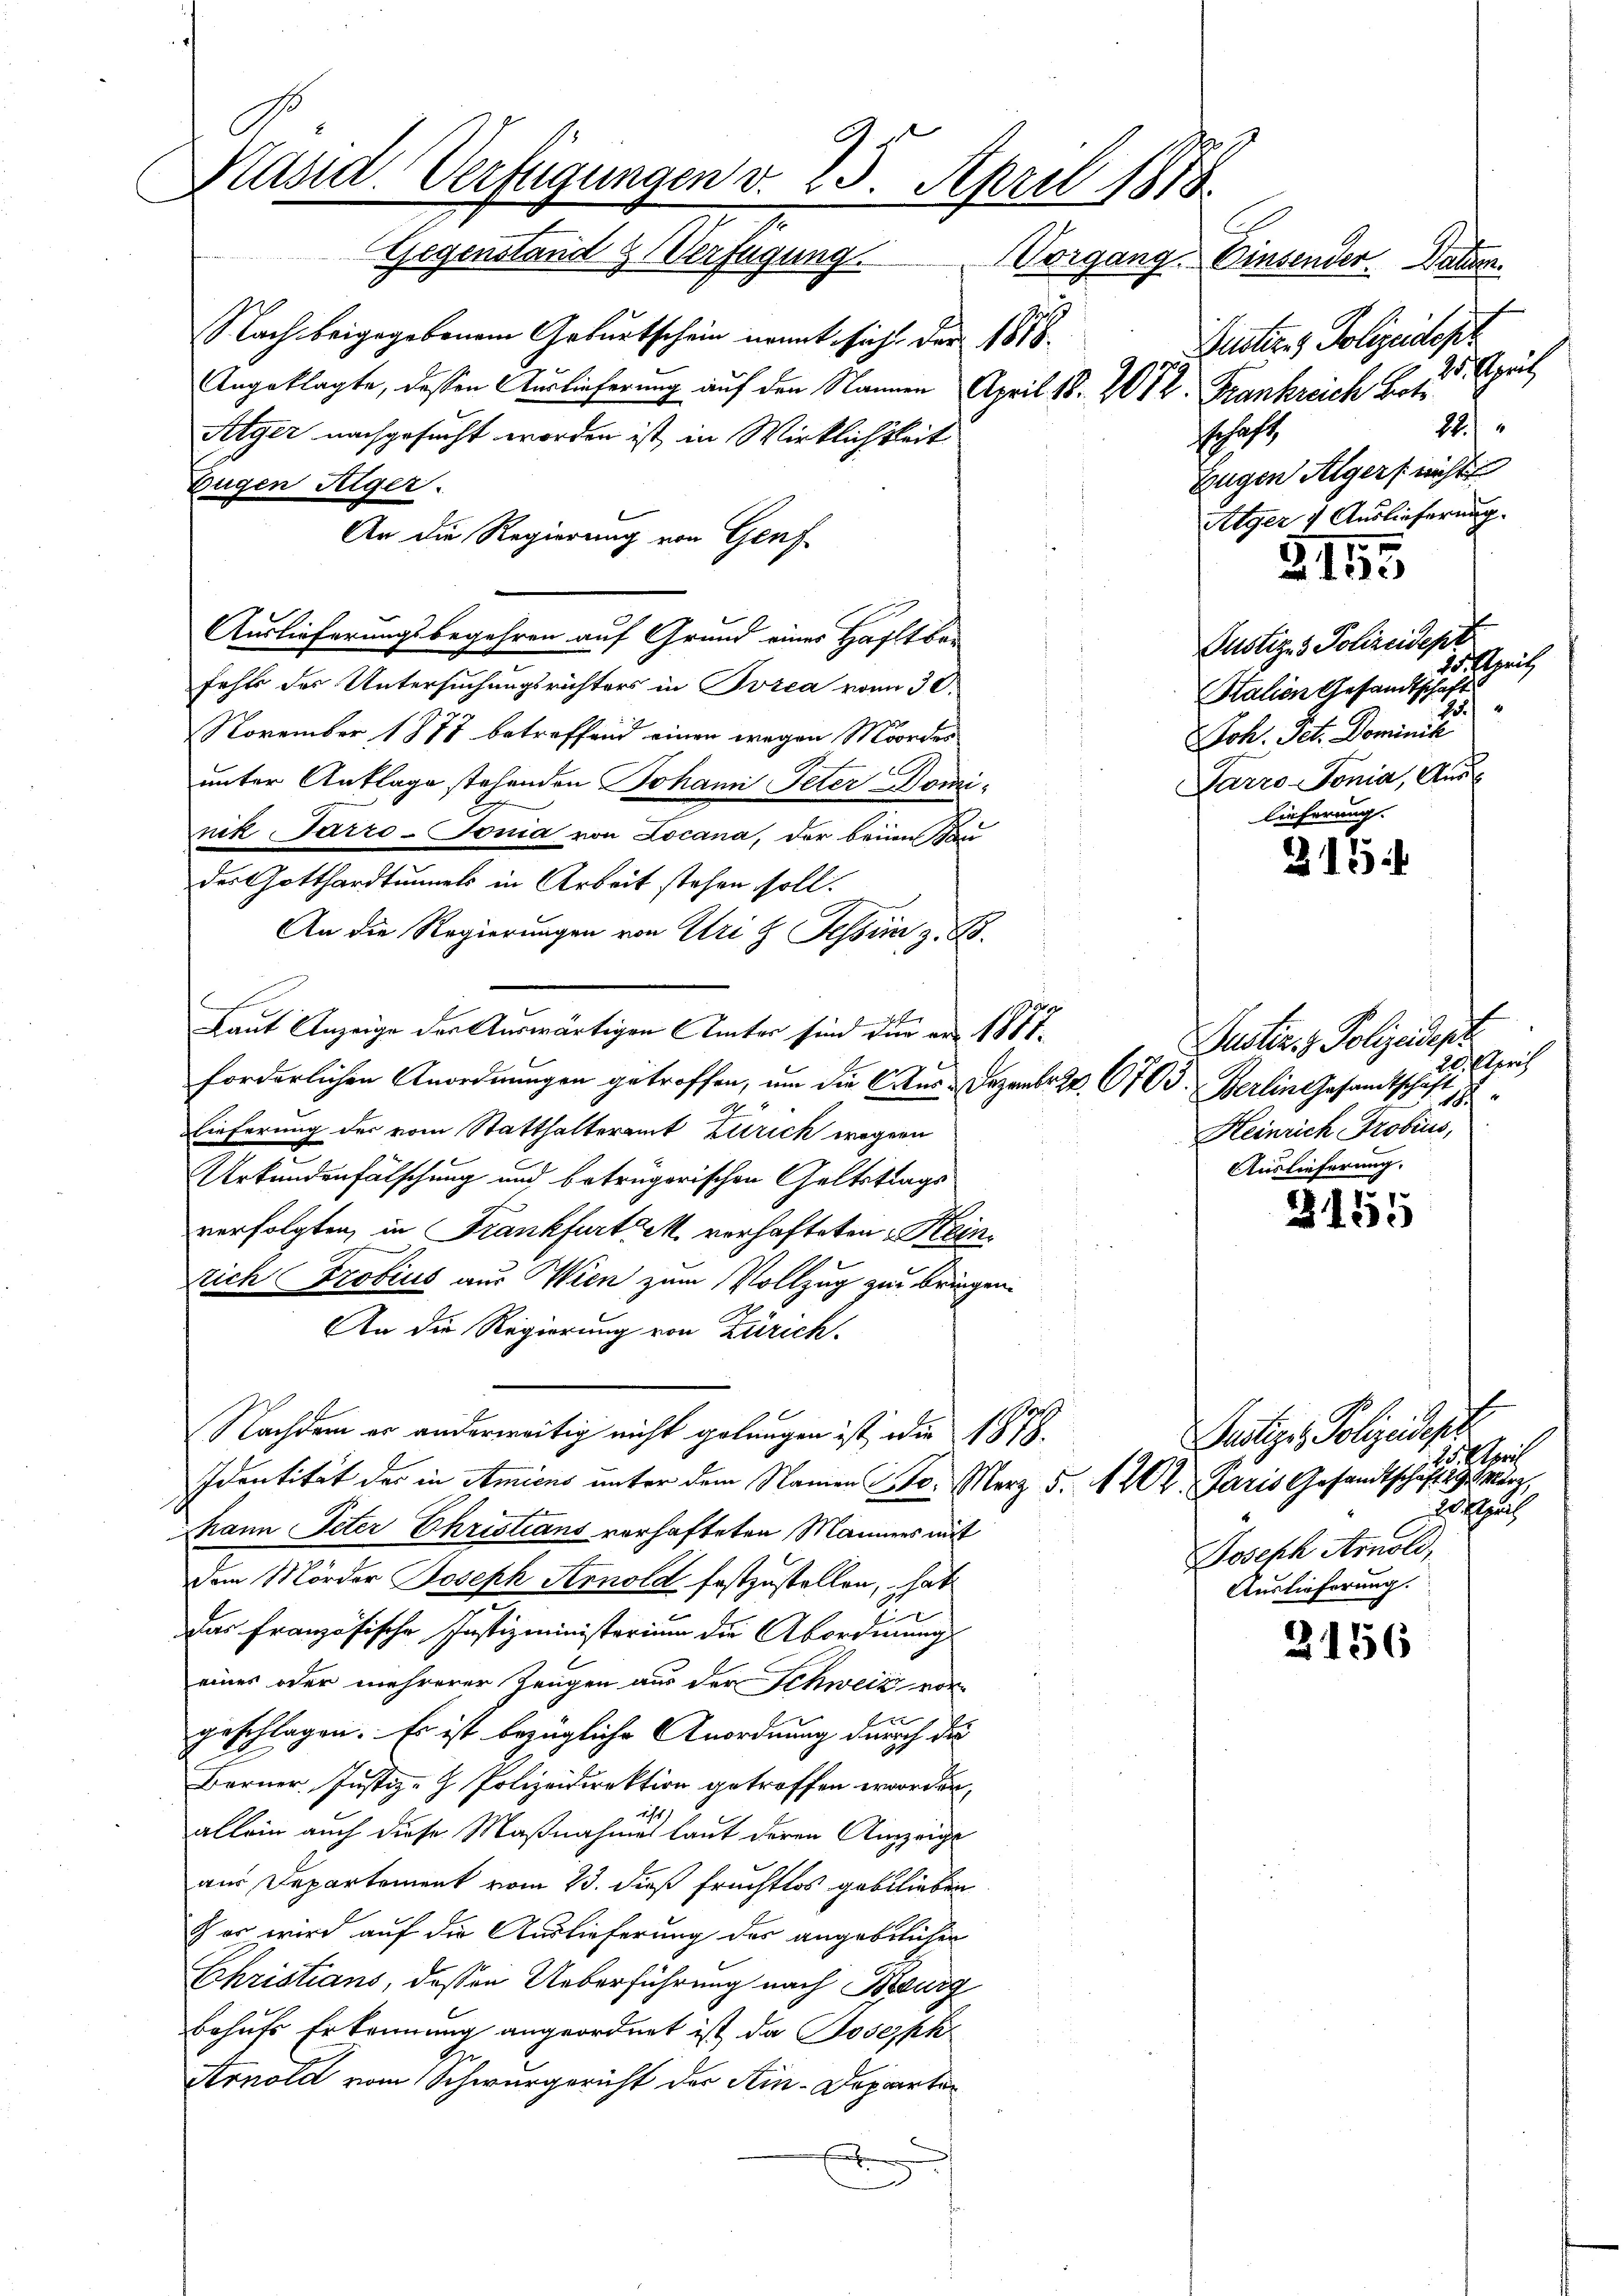
Käsid. Verfügungen v. 23. April 1878.
C
Gegenstand & Verfügung. Vorgang. Einsender Datum.

Nach beigegebenem Geburtschein nannt sich der 1818.
Angeklagte, dessen Auslieferung auf den Namen April 18. 2072. Frankreich Boti¬
Alger nachgesucht worden ist, in Wirklichkeit
Eugen Sieger.
An die Regierung von Genf
fehl des Untersuchungsrichters in Porea vom 30.
November 1877 betreffend einen wegen Moorden
unter Anklage stehenden Johann Peter Domi-
nik Tarzo-Tonia von Locana, der beim Hau
der Gotthardtunnels in Arbeit stehen soll.
An die Regierungen von Uri & Fessen z. B.
x
Laut Anzeige der Auswärtigen Unter sind für er 1888
forderlichen Anordnungen getroffen, um die Cons. Dezember 2. 6703. Berlingesandtschaft
Eieferung der vom Statthalteramt Zürich wegenn
Urkundenfälschung und betrügerischen Geltstrags
verfolgten, in Frankfurtzek verhafteten Heinrich Probius aus Wien zum Vollzug zur bringen.
An die Regierung von Zürich.
Nachdem er anderweitig nicht gelangen ist die 1878.
Identität des in Amicus unter dem Namen St. Merz d. 1202. Paris Gesandtschäftig. Merz,
hann Peter Christians vorhafteten Männers mit
dem Mörder Joseph Arnold festzustellen, hat
Das Französische Justizministerium die Abordnung
eines oder mehrerer Zeugen aus der Schweiz vor-
x
geschlagen. Es ist bezügliche Anordnung durch die
Berner Justiz- Polizeidirektion getroffen erworden,
allein auch diese Maßnahmes laut deren Auszeige
aus Departement vom 23. dieß fruchtlos geblieben
c er wird auf die Auslieferung des angeblichen
Christians, dessen Ueberführung nach Burg
behufs Erkennung angeordnet ist, da Joseph
Arnold vom Schwurgericht der Ain-Departen
x

Auslieferungsbegehren auf Grund eines Haftbar

f
Justiz & Polizeidest
MHHerr
12.
sschaft
Eugen Algers nicht
lger & Auslieferung.

Justiz & Polizeidepa
 Uerch
h
Heinrich Probius,
Auslieferung.

§155

Justiz- & Polizeidept
25. Seit
Station Gesandtschaf
.
Joh. Jet. Dominis
Parro-Tonia, Aus
Lieferung.

315

1
2155

Justige Polizeidest
Esch
ufzeich
Joseph Arnold,
Auslieferung.

2156